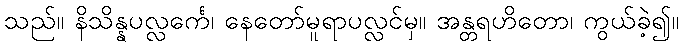
သည်။ နိသိန္နပလ္လင်္ကေ၊ နေတော်မူရာပလ္လင်မှ။ အန္တရဟိတော၊ ကွယ်ခဲ့၍။